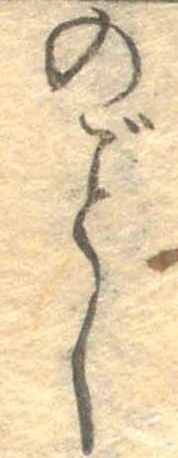
のごとし